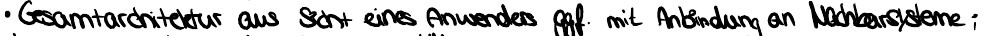
Gesamtarchitektur aus Sicht eines Anwenders ggf. mit Anbindung an Nachbarsysteme